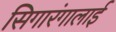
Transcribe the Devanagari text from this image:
सिगारंगालाई